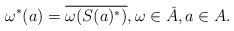
LaTeX: \begin{align*}\omega^*(a) = \overline{\omega(S(a)^*)},\omega \in \check{A},a\in A. \end{align*}